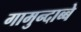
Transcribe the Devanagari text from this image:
गामुन्दाब्बे